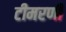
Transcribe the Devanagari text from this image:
टीमरणी